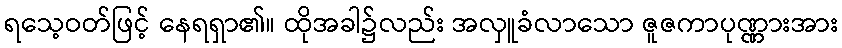
ရသေ့ဝတ်ဖြင့် နေရရှာ၏။ ထိုအခါ၌လည်း အလှူခံလာသော ဇူဇကာပုဏ္ဏားအား